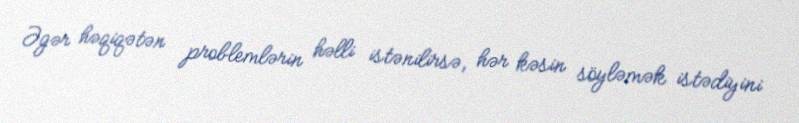
Əgər həqiqətən problemlərin həlli istənilirsə, hər kəsin söyləmək istədiyini